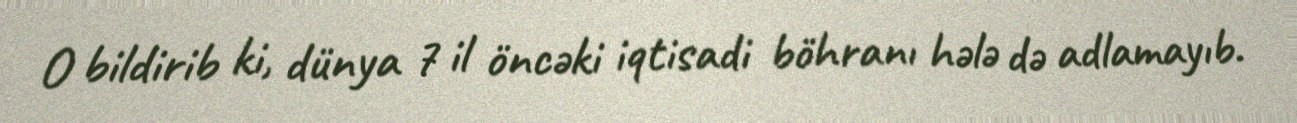
O bildirib ki, dünya 7 il öncəki iqtisadi böhranı hələ də adlamayıb.